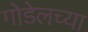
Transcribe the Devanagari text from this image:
गोडेलच्या